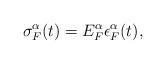
LaTeX: \begin{align*} \sigma_{F}^{\alpha}(t)=E_{F}^{\alpha}\epsilon_{F}^{\alpha}(t), \end{align*}